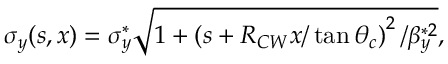
\sigma _ { y } ( s , x ) = \sigma _ { y } ^ { * } \sqrt { 1 + \left( s + R _ { C W } x / \tan \theta _ { c } \right) ^ { 2 } / \beta _ { y } ^ { * 2 } } ,